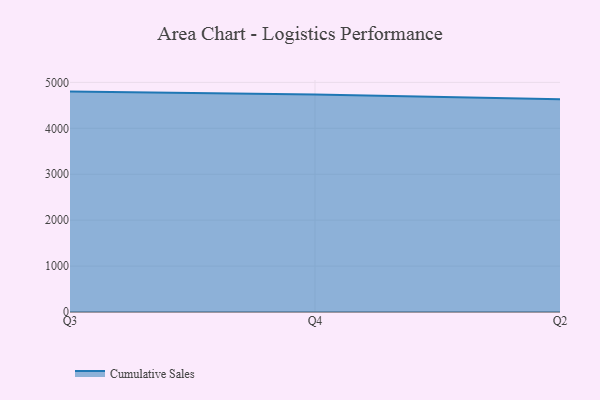
{"axis": {"x": "Quarter", "y": "Bounce Rate (%)"}, "legend": ["Cumulative Sales"], "data": [{"x": "Q3", "y": 4799.3, "type": "Cumulative Sales"}, {"x": "Q4", "y": 4734.2, "type": "Cumulative Sales"}, {"x": "Q2", "y": 4631.2, "type": "Cumulative Sales"}]}